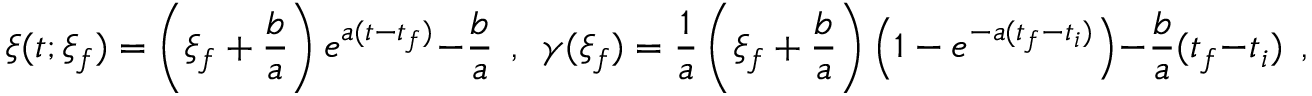
\xi ( t ; \xi _ { f } ) = \left( \xi _ { f } + \frac { b } { a } \right) e ^ { a ( t - t _ { f } ) } - \frac { b } { a } \ \ , \ \ \gamma ( \xi _ { f } ) = \frac { 1 } { a } \left( \xi _ { f } + \frac { b } { a } \right) \left( 1 - e ^ { - a ( t _ { f } - t _ { i } ) } \right) - \frac { b } { a } ( t _ { f } - t _ { i } ) \ \ ,